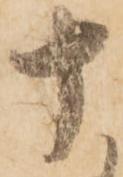
十